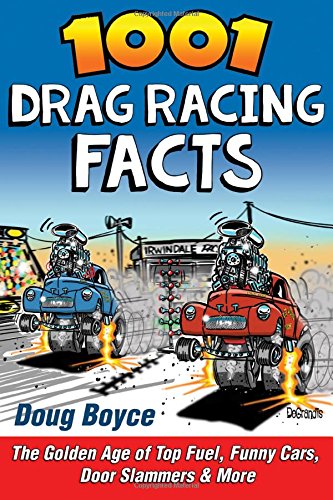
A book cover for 1001 Drag Racing Facts: The Golden Age of Top Fuel, Funny Cars, Door Slammers & More; Doug Boyce; Engineering & Transportation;